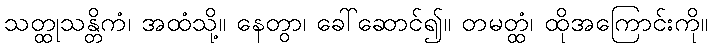
သတ္ထုသန္တိကံ၊ အထံသို့။ နေတွာ၊ ခေါ်ဆောင်၍။ တမတ္ထံ၊ ထိုအကြောင်းကို။